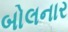
બોલનાર